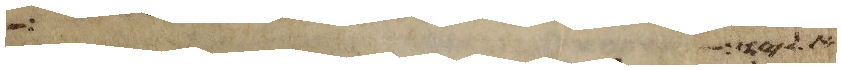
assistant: אליו